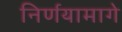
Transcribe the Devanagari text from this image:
निर्णयामागे